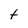
Character: t